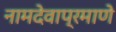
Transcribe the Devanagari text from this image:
नामदेवाप्रमाणे